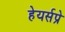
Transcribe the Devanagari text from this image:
हेयर्सप्रे